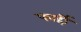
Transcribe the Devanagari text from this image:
फार्ही